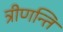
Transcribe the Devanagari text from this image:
त्रीणन्ति